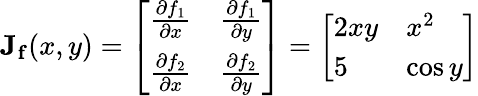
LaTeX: \mathbf{J}_{\mathbf{f}}(x,y)={\left[\begin{array}{ll}{{\frac{\partial f_{1}}{\partial x}}}&{{\frac{\partial f_{1}}{\partial y}}}\\ {{\frac{\partial f_{2}}{\partial x}}}&{{\frac{\partial f_{2}}{\partial y}}}\end{array}\right]}={\left[\begin{array}{ll}{2xy}&{x^{2}}\\ {5}&{\cos y}\end{array}\right]}